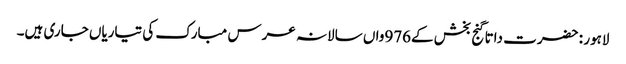
لاہور : حضرت داتا گنج بخش کے976واں سالانہ عرس مبارک کی تیاریاں جاری ہیں۔